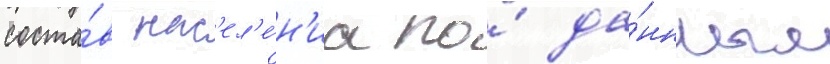
соста́в нас'ел'е́н'иа по́ да́нным